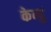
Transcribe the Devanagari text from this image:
केन्दु